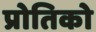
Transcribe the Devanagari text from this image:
प्रोतिको